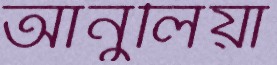
আনুলিয়া